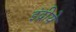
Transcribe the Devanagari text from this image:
इंद्रीये